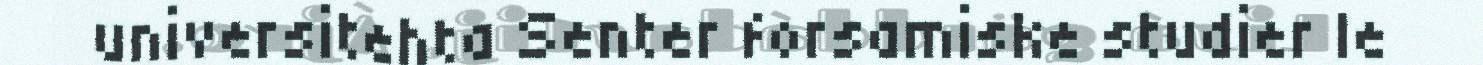
universitehta Senter forsamiske studier le